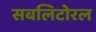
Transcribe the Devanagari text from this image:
सबलिटोरल